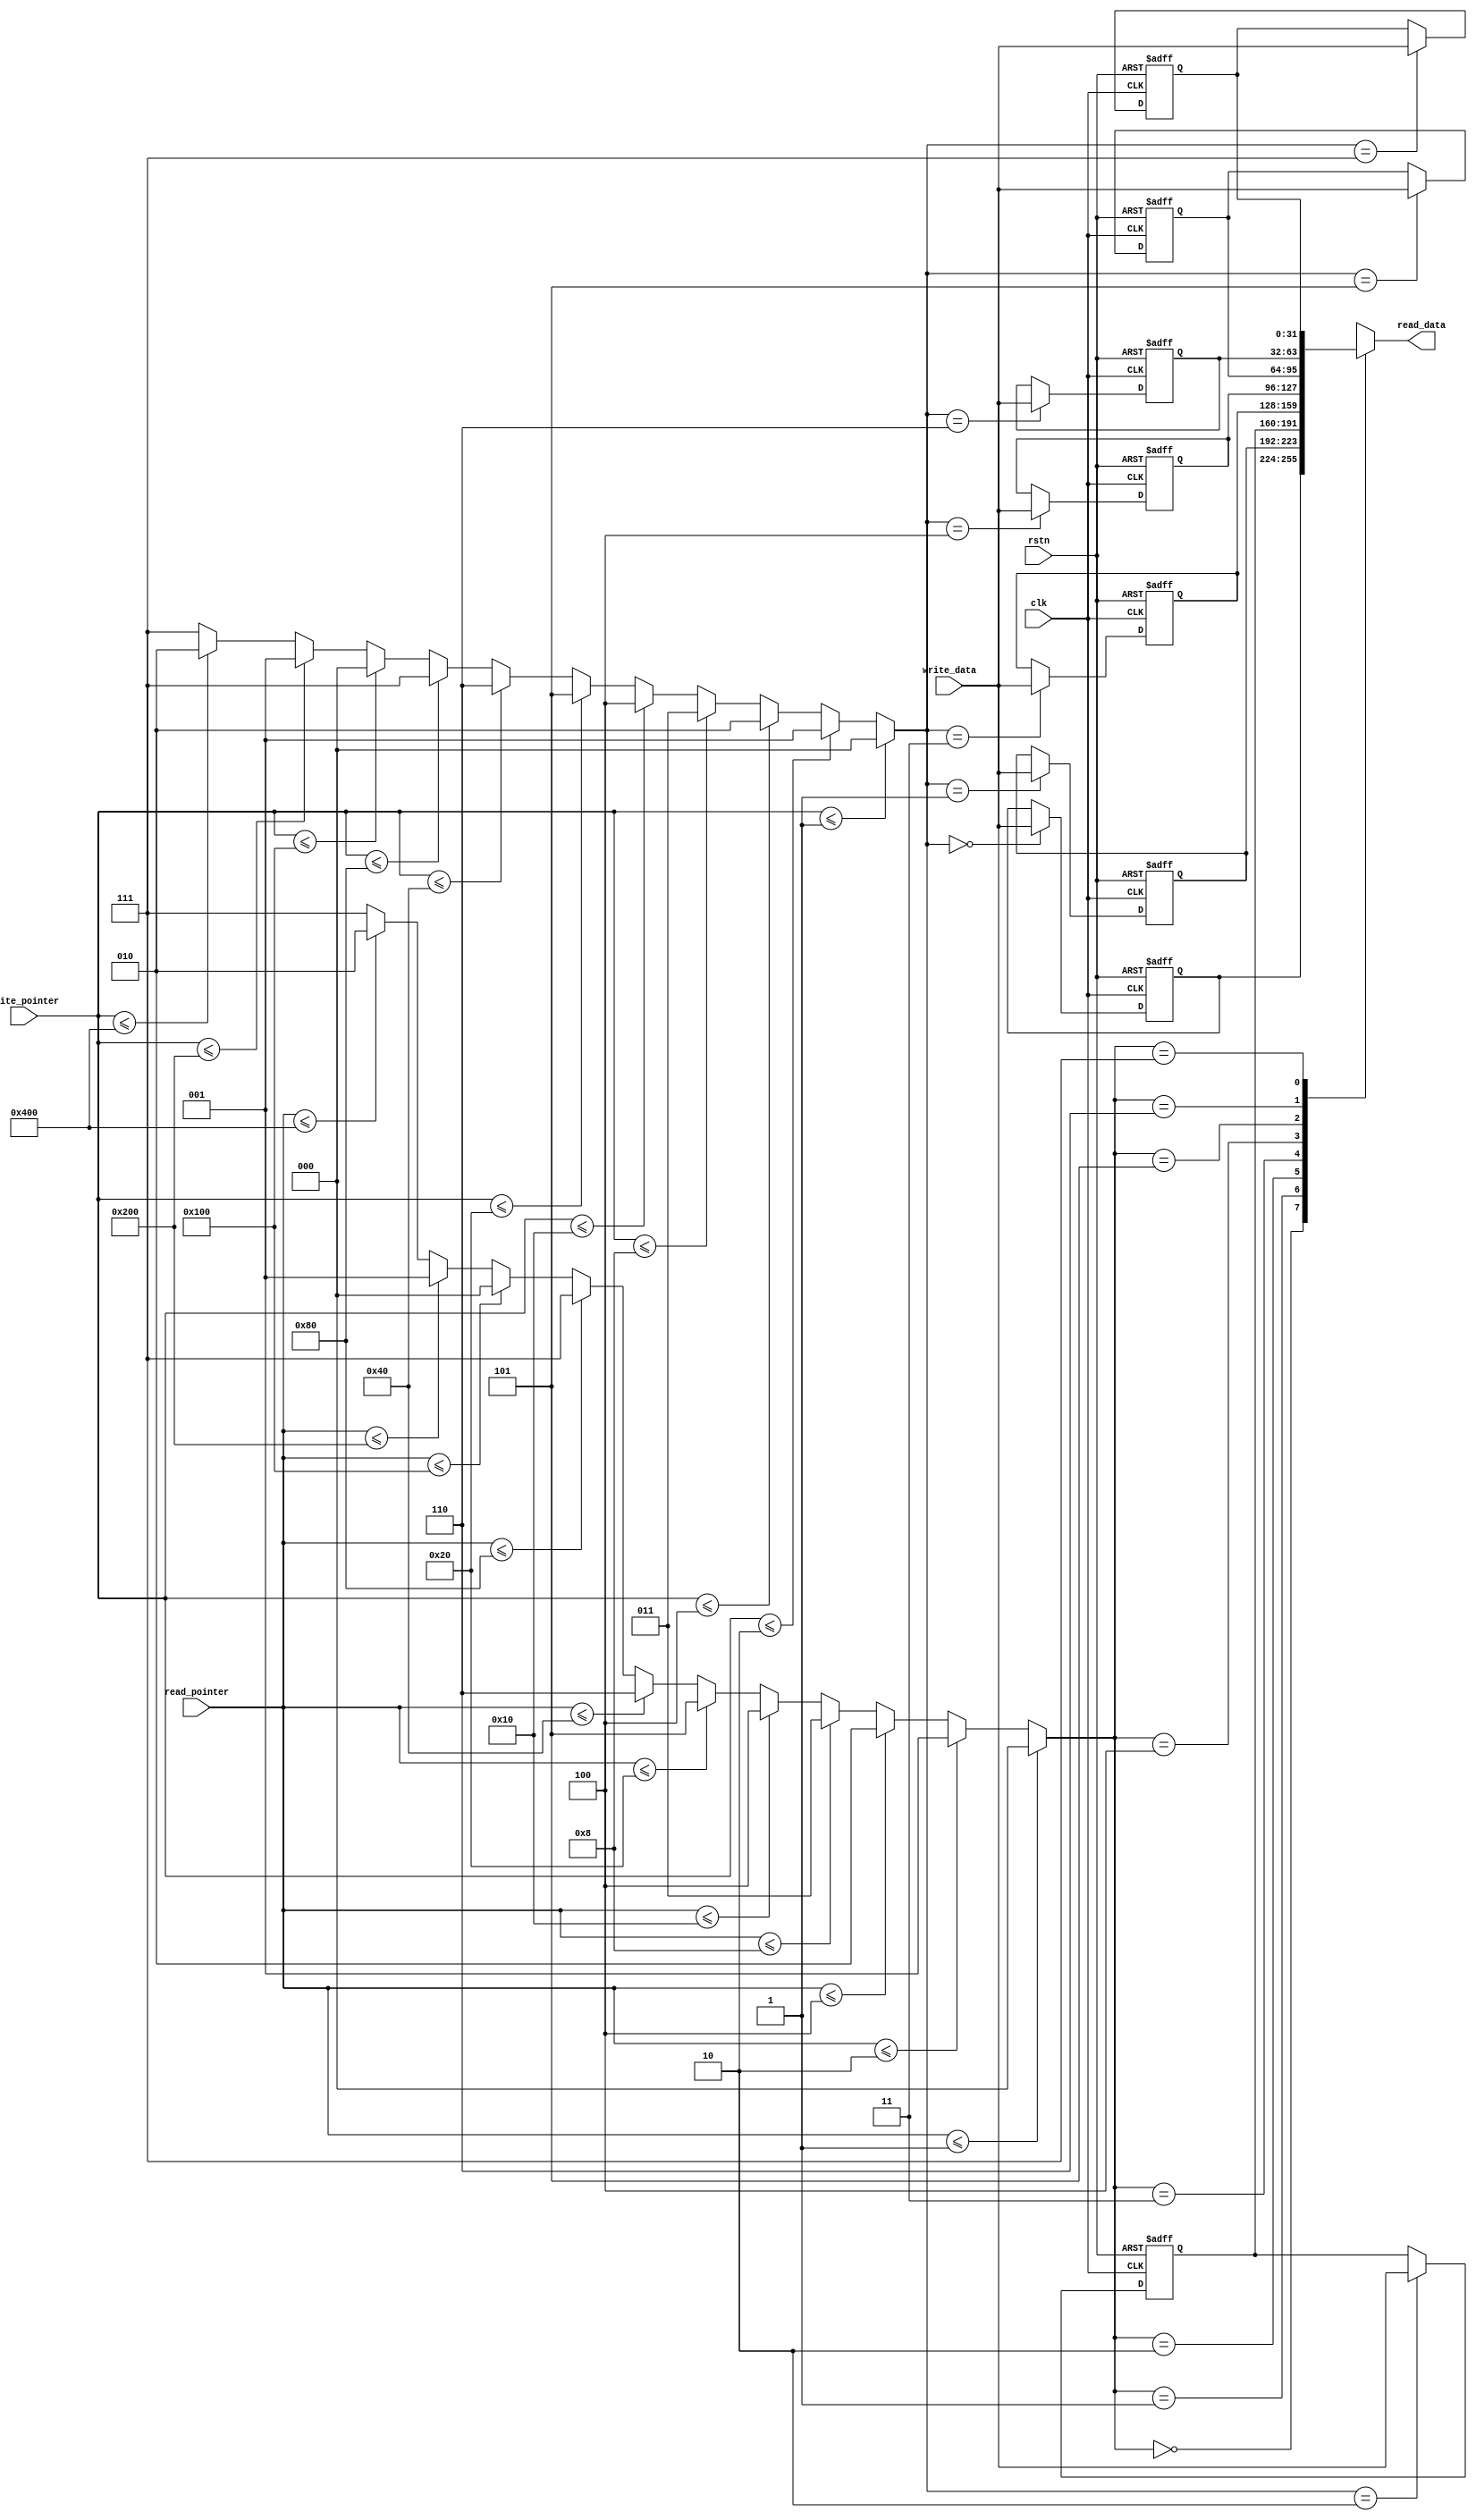
// Copyright 2017 ETH Zurich and University of Bologna.
// Copyright and related rights are licensed under the Solderpad Hardware
// License, Version 0.51 (the License); you may not use this file except in
// compliance with the License.  You may obtain a copy of the License at
// http://solderpad.org/licenses/SHL-0.51. Unless required by applicable law
// or agreed to in writing, software, hardware and materials distributed under
// this License is distributed on an AS IS BASIS, WITHOUT WARRANTIES OR
// CONDITIONS OF ANY KIND, either express or implied. See the License for the
// specific language governing permissions and limitations under the License.

module dc_data_buffer(clk, rstn, write_pointer, write_data, read_pointer, read_data);

    parameter DATA_WIDTH   = 32;
    parameter BUFFER_DEPTH = 8;

//    `ifndef PULP_FPGA_EMUL
//        function integer log2(input integer value);
//        begin
//            value = value - 1;
//            for (log2 = 0; value > 0; log2 = log2 + 1)
//                value = value >> 1;
//        end
//        endfunction
//        `define log2(N) log2(N)
//    `else
        `define log2(N) ((N)<=(1) ? 0 : (N)<=(2) ? 1 : (N)<=(4) ? 2 : (N)<=(8) ? 3 : (N)<=(16) ? 4 : (N)<=(32) ? 5 : (N)<=(64) ? 6 : (N)<=(128) ? 7 : (N)<=(256) ? 8 : (N)<=(512) ? 9 : (N)<=(1024) ? 10 : -1)
//    `endif

    input                          clk;
    input                          rstn;

    input  [BUFFER_DEPTH - 1 : 0]  write_pointer;
    input  [DATA_WIDTH - 1 : 0]    write_data;
    input  [BUFFER_DEPTH - 1 : 0]  read_pointer;
    output [DATA_WIDTH - 1 : 0]    read_data;

    reg [DATA_WIDTH - 1 : 0]       data[BUFFER_DEPTH - 1 : 0];

    integer loop;

    always @(posedge clk  or negedge rstn)
    begin: read_write_data
        if (rstn == 1'b0)
            for (loop = 0; loop < BUFFER_DEPTH; loop = loop + 1)
                data[loop] <= 'h0;
        else
            data[`log2(write_pointer)] <= write_data;
    end

    assign read_data = data[`log2(read_pointer)];

endmodule